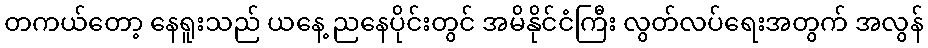
တကယ်တော့ နေရူးသည် ယနေ့ ညနေပိုင်းတွင် အမိနိုင်ငံကြီး လွတ်လပ်ရေးအတွက် အလွန်